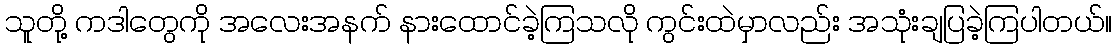
သူတို့ ကဒါတွေကို အလေးအနက် နားထောင်ခဲ့ကြသလို ကွင်းထဲမှာလည်း အသုံးချပြခဲ့ကြပါတယ်။